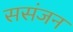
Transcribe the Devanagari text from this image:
ससंजन